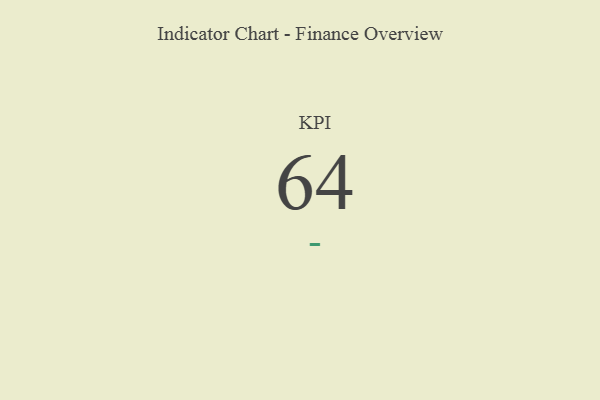
{"axis": {"x": "KPI", "y": "Value"}, "legend": [""], "data": [{"x": "KPI", "y": 64, "type": ""}]}